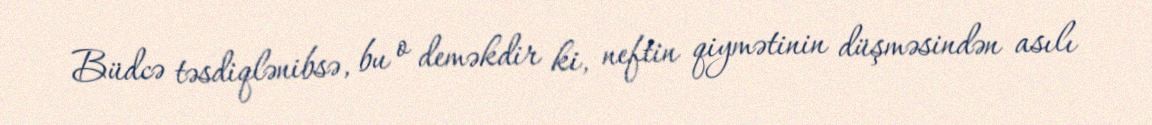
Büdcə təsdiqlənibsə, bu o deməkdir ki, neftin qiymətinin düşməsindən asılı